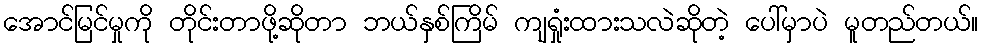
အောင်မြင်မှုကို တိုင်းတာဖို့ဆိုတာ ဘယ်နှစ်ကြိမ် ကျရှုံးထားသလဲဆိုတဲ့ ပေါ်မှာပဲ မူတည်တယ်။